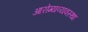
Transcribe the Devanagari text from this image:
आरोग्यव्यवस्था